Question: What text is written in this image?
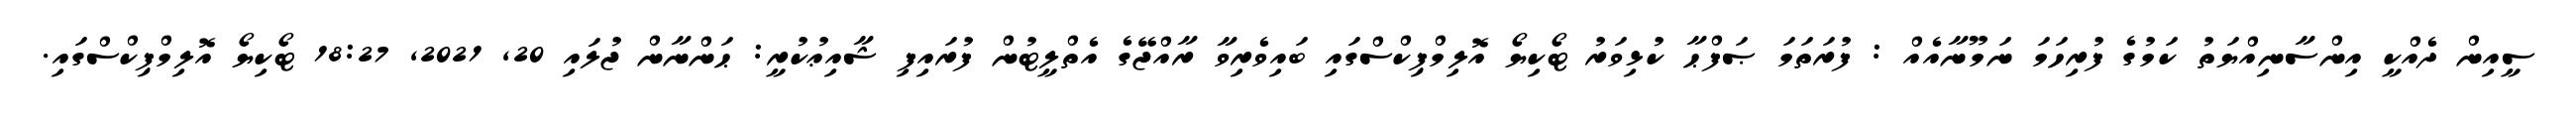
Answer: ސީއިން ދެއްކީ އިންސާނިއްޔަތު ކަމުގެ ފުރިހަމަ ނަމޫނާއެއް : ފުރަތަމަ ޞަފްޙާ ކުޅިވަރު ޓޯކިޔޯ އޮލިމްޕިކްސްގައި ބައިވެރިވާ ރާއްޖޭގެ އެތްލީޓުން ފުރައިފި ޝާއިޢުކުރީ: ޙަންނާން ޖުލައި 20, 2021, 18:27 ޓޯކިޔޯ އޮލިމްޕިކްސްގައި.